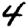
Digit: 4